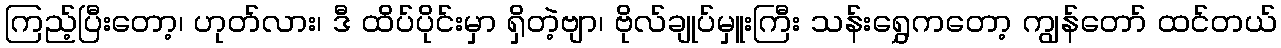
ကြည့်ပြီးတော့၊ ဟုတ်လား၊ ဒီ ထိပ်ပိုင်းမှာ ရှိတဲ့ဗျာ၊ ဗိုလ်ချုပ်မှူးကြီး သန်းရွှေကတော့ ကျွန်တော် ထင်တယ်